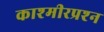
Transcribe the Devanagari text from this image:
काश्‍मीरप्रश्‍न